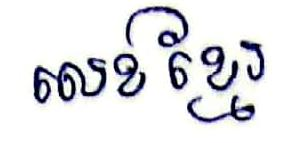
លេខខ្មែរ